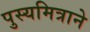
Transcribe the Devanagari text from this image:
पुस्यमित्राने